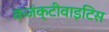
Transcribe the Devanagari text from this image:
कंजंक्टीवाइटिस